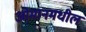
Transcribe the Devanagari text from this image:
ओमानमधील